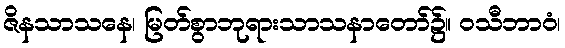
ဇိနသာသနေ၊ မြတ်စွာဘုရားသာသနာတော်၌။ ဝသီဘာဝံ၊